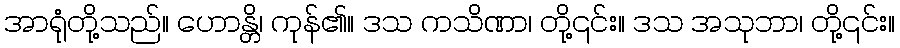
အာရုံတို့သည်။ ဟောန္တိ၊ ကုန်၏။ ဒသ ကသိဏာ၊ တို့၎င်း။ ဒသ အသုဘာ၊ တို့၎င်း။